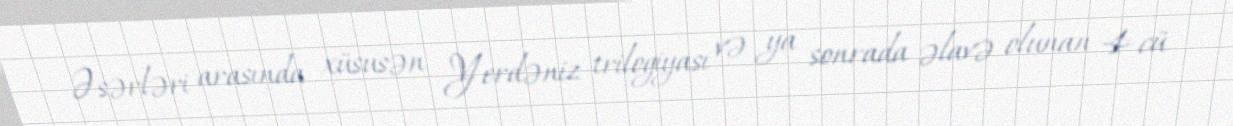
Əsərləri arasında xüsusən Yerdəniz trilogiyası və ya sonrada əlavə olunan 4-cü